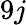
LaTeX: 9j